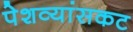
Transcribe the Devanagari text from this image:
पेशव्यांसकट